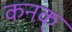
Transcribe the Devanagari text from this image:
कनक्